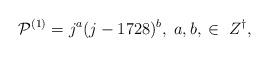
LaTeX: \begin{align*}{\cal P}^{(1)} = j^a(j-1728)^b,\;a,b,\;\in\;Z^{\dagger},\end{align*}